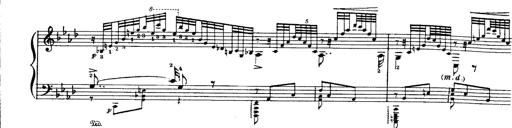
Title: Paraphrase de concert sur Ernani II
Composer: Franz Liszt